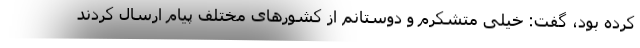
کرده بود، گفت: خیلی متشکرم و دوستانم از کشورهای مختلف پیام ارسال کردند